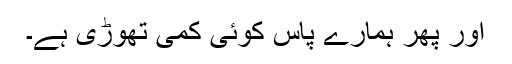
اور پھر ہمارے پاس کوئی کمی تھوڑی ہے۔